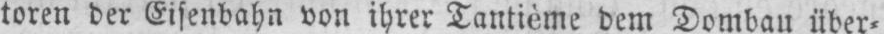
toren der Eisenbahn von ihrer Tantieme dem Dombau über⸗